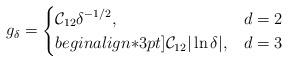
LaTeX: \begin{align*} g_\delta=\begin{cases}\displaystyle \mathcal{C}_{12}\delta^{-1/2}, & d=2\\begin{align*}3pt]\displaystyle \mathcal{C}_{12} |\ln \delta|, & d=3\end{cases}\end{align*}